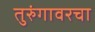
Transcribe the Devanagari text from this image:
तुरुंगावरचा